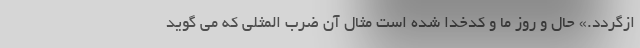
ازگردد.» حال و روز ما و کدخدا شده است مثال آن ضرب المثلي كه مي گويد